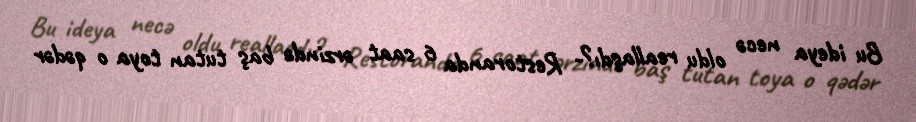
Bu ideya necə oldu reallaşdı?- Restoranda 6 saat ərzində baş tutan toya o qədər